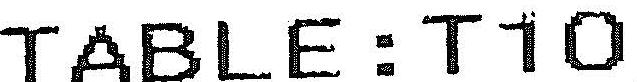
TABLE:T10